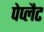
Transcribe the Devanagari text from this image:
पेप्लैट